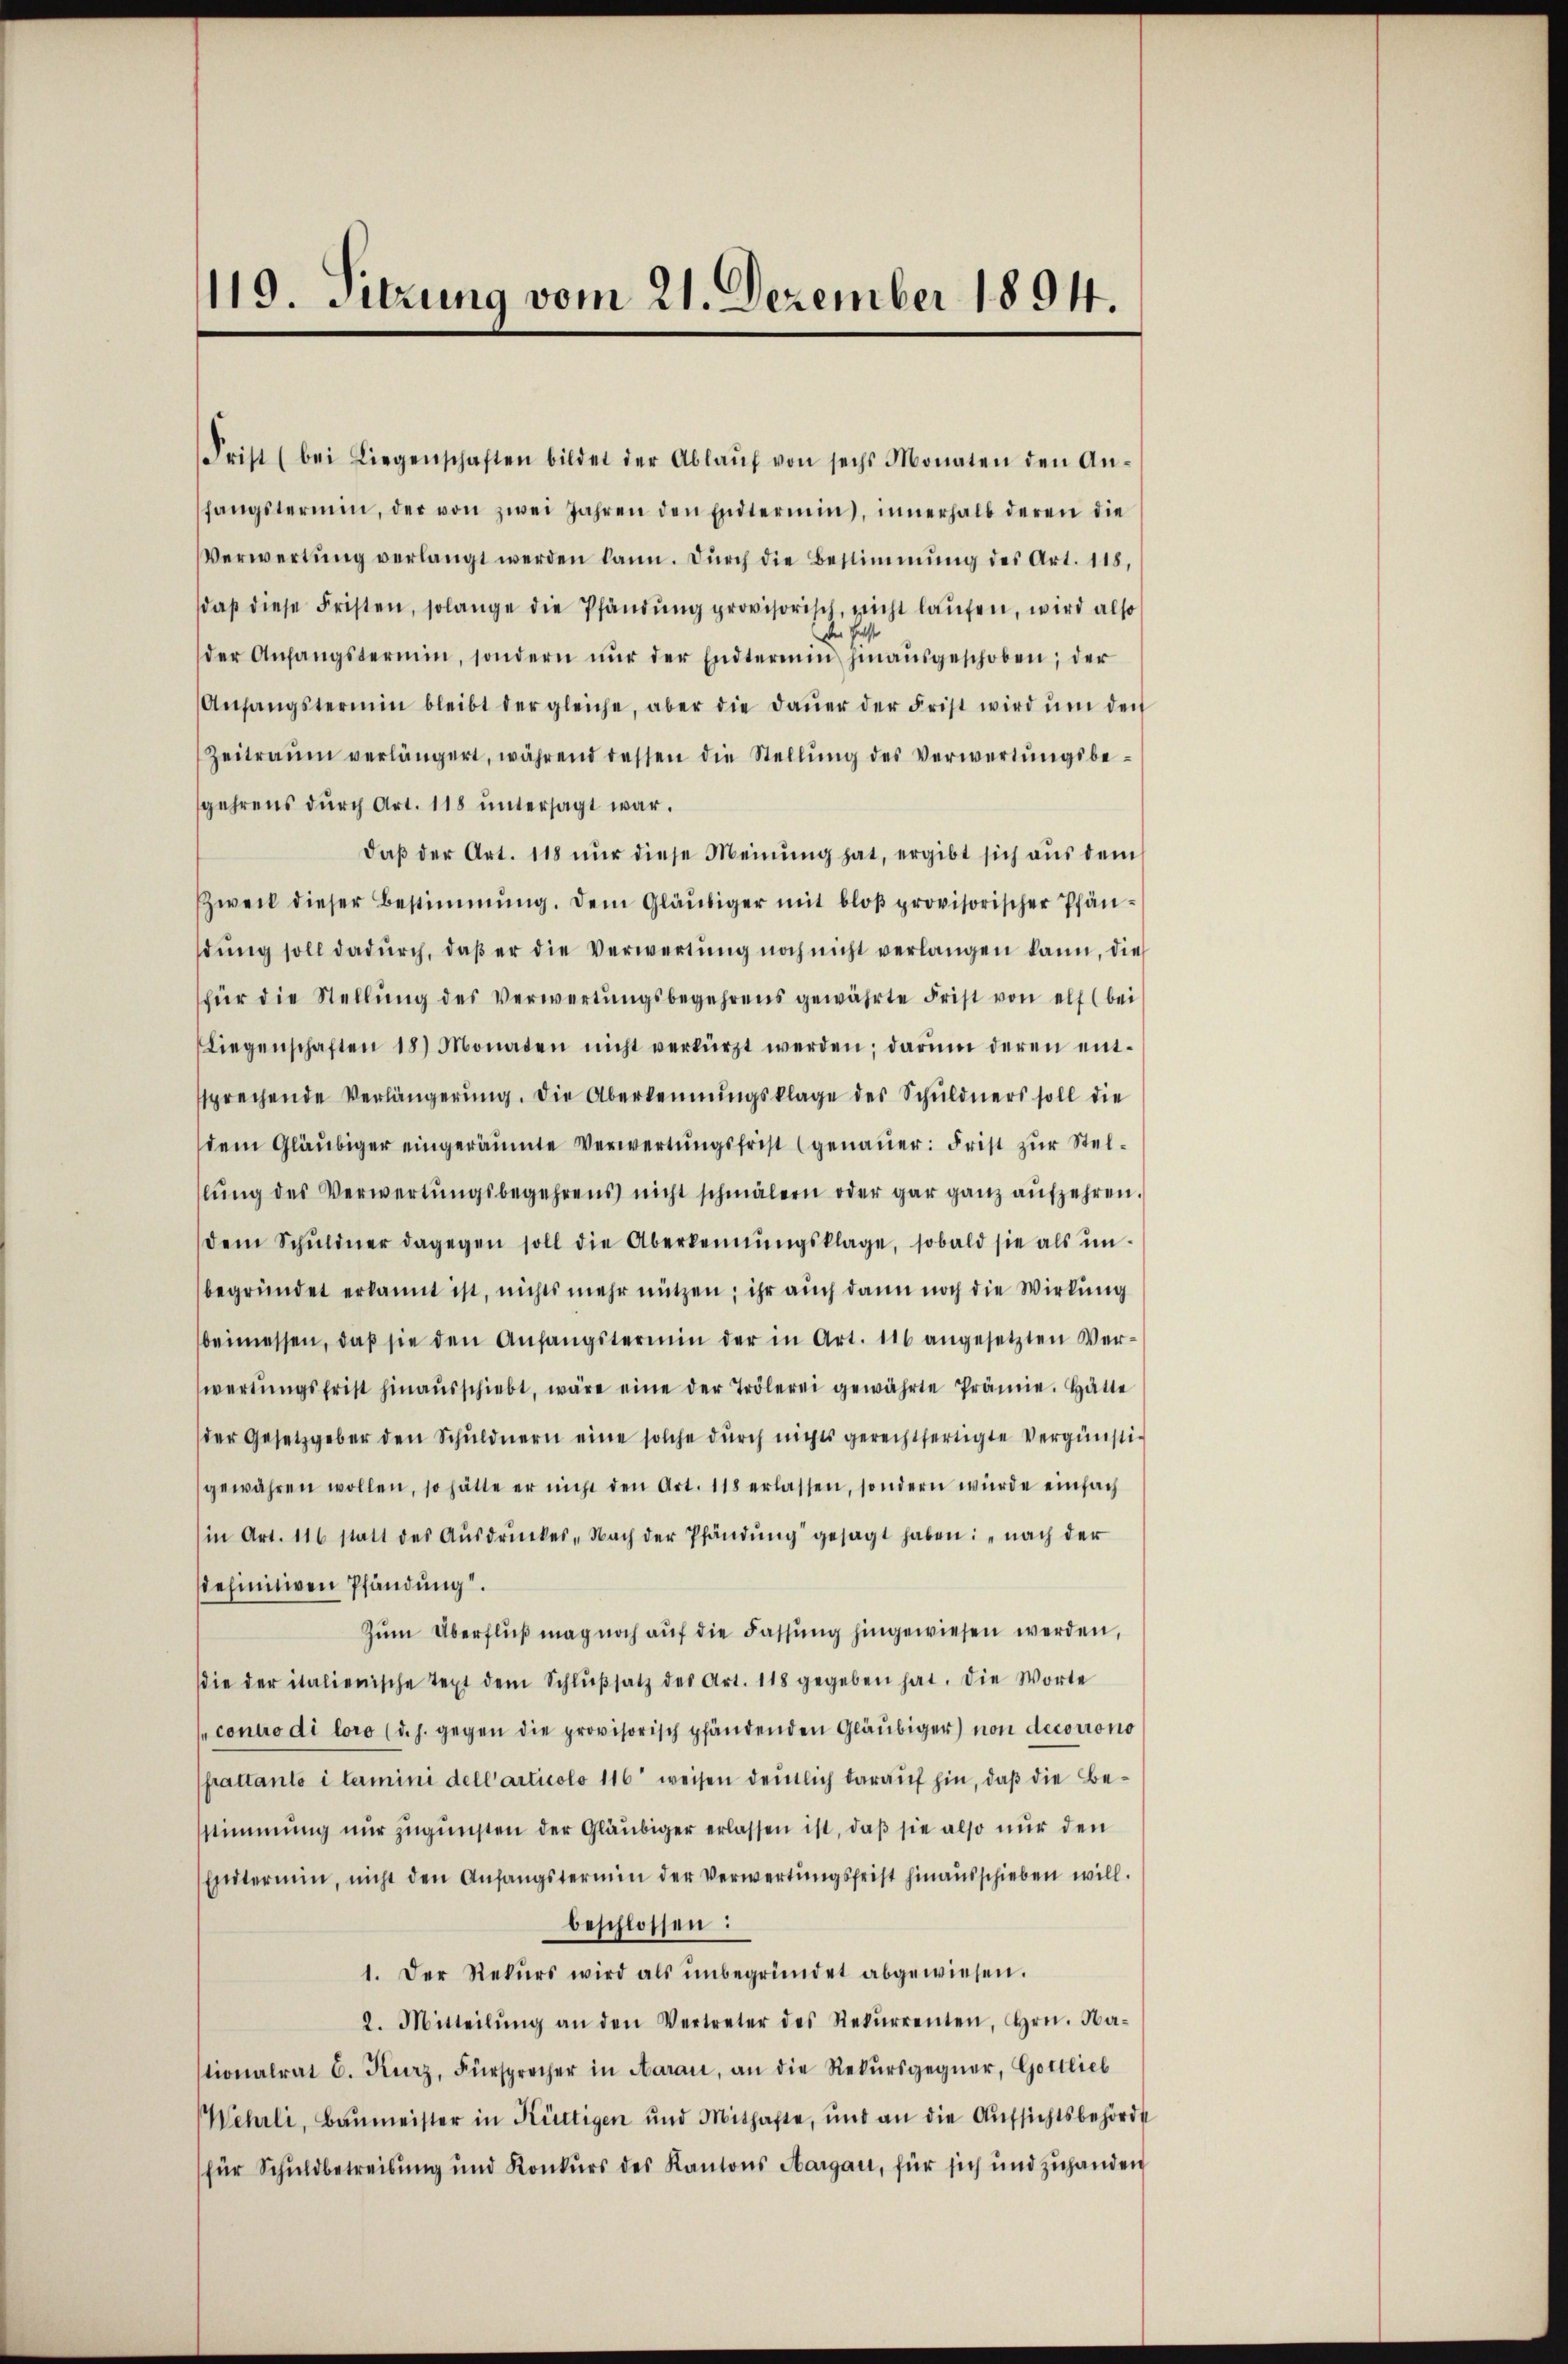
119. Sitzung vom 21. Dezember 1894.

Frist (bei Liegenschaften bildet der Ablaŭf von sechs Monaten den An-
fängstermin, der von zwei Jahren den Endtermin, innerhalb deren die
Verwertŭng verlangt werden kann. Durch die Bestimmung des Art. 118,
daβ diese Fristen, solange die Pfändŭng provisorisch, nicht laŭfen, wird also
der Helst
der Anfangstermin, sondern nŭr der Endtermin hinausgeschoben; der
Anfangstermin bleibt der gleiche, aber die Daŭer der Frist wird ŭm den
Zeitraum verlängert, während dessen die Stellŭng des Verwertŭngsbe-
gehrens dŭrch Art. 118 ŭntersagt war.
daß der Art. 118 nur diese Meinung hat, ergibt sich aus dem
Zweck dieser Bestimmung. Dem Gläubiger mit bloß provisorischer Pfändŭng soll dadŭrch, daβ er die Verwertŭng noch nicht verlangen kann, die
für die Stellŭng des Verwertŭngsbegehrens gewährte Frist von elf (bei
Liegenschaften 18 Monaten nicht verkürzt werden; darŭm deren ent-
ssprechende Verlängerung. Die Überkennungsklage des Schuldners soll die
dem Gläubiger eingeräumte Verwertŭngsfrist (genaŭer: Frist zur Stellŭng des Verwertŭngsbegehrens nicht schmälern oder gar ganz aufzehren.
dem Schŭldner dagegen soll die Aberkennungsklage, sobald sie als ŭn-
begründet erkannt ist, nichts mehr nützen; ihr auch dann noch die Wirkung
beimessen, daβ sie den Anfängstermin der in Art. 116 angesetzten Ver-
wertŭngsfrist hinaŭsschiebt, wäre eine der Trölerei gewährte Prämie. Hätte
der Gesetzgeber den Schuldnern eine solche durch nichts gerechtfertigte Vergünstigewähren wollen, so hätte er nicht den Art. 118 erlassen, sondern würde einfach
(in Art. 116 statt des Aŭsdrŭckes „Nach der Pfändung gesagt haben: „nach der
sdefinitiven Pfändung.
Zŭm Überflŭβ mag noch aŭf die Fassung hingewiesen werden,
die der italienische Text dem Schlŭβsatz des Art. 118 gegeben hat. Die Worte
contro di loro (d. h. gegen die provisorisch pfändenden Gläubiger) von decorrono
frattanto i termini dell’ articolo 116 weisen deutlich darauf hin, daß die Bestimmung nur zugunsten der Gläubiger erlassen ist, daß sie also nur den
Exetermin, nicht den Anfangstermin der Verwertungsfrist hinausschieben will.
beschlossen:
1. Der Rekŭrs wird als ŭnbegründet abgewiesen.
2. Mitteilŭng an den Vertreter des Rekŭrrenten, Hrn. Na-
tionalrat C. Kurz, Fürsprecher in Aarau, an die Rekŭrsgegner, Gottlieb
Wehrli, Baŭmeister in Kürtigen und Mithafte, und an die Aufsichtsbehörde
für Schuldbetreibung und Konkŭrs des Kantons Aargau, für sich und zuhanden